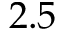
2 . 5